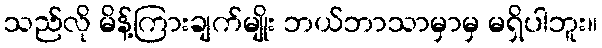
သည်လို မိန့်ကြားချက်မျိုး ဘယ်ဘာသာမှာမှ မရှိပါဘူး။